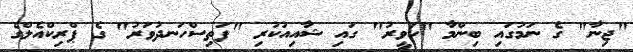
"ޖިނާ" ގެ ނަމުގައި ބިންމާ "ހަވީރު" ގައި ޝާއިއުކުރި "ފަތިސްހަނދުވަރު" ގެ ޕްރިކްއެލްގެ